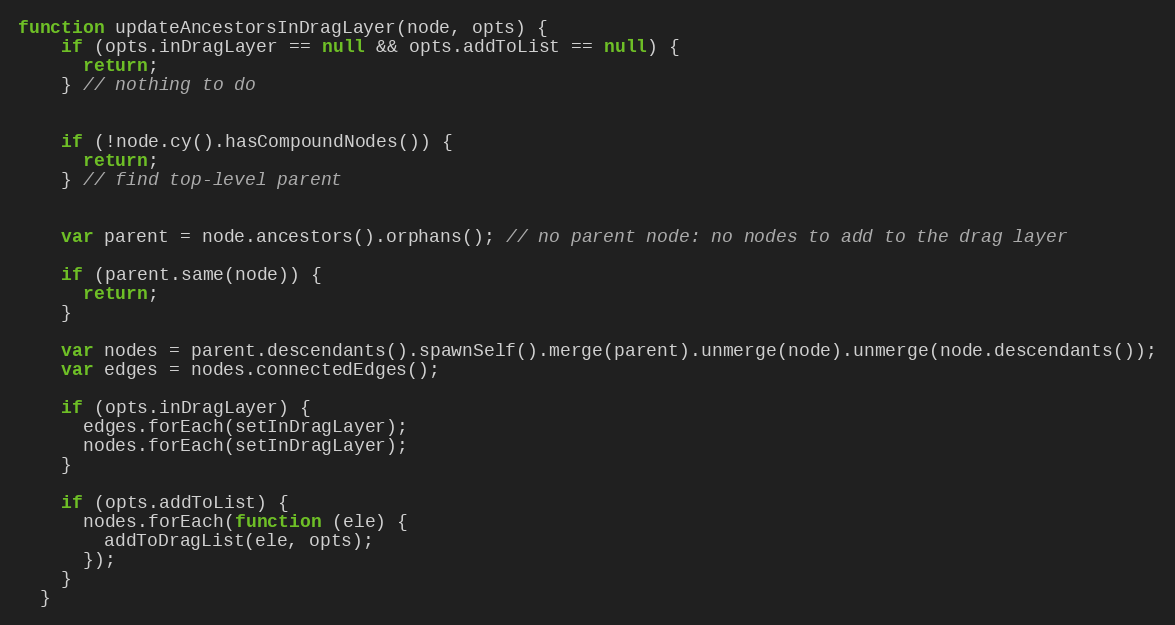
Language: JavaScript
function updateAncestorsInDragLayer(node, opts) {
    if (opts.inDragLayer == null && opts.addToList == null) {
      return;
    } // nothing to do

    if (!node.cy().hasCompoundNodes()) {
      return;
    } // find top-level parent

    var parent = node.ancestors().orphans(); // no parent node: no nodes to add to the drag layer

    if (parent.same(node)) {
      return;
    }

    var nodes = parent.descendants().spawnSelf().merge(parent).unmerge(node).unmerge(node.descendants());
    var edges = nodes.connectedEdges();

    if (opts.inDragLayer) {
      edges.forEach(setInDragLayer);
      nodes.forEach(setInDragLayer);
    }

    if (opts.addToList) {
      nodes.forEach(function (ele) {
        addToDragList(ele, opts);
      });
    }
  }